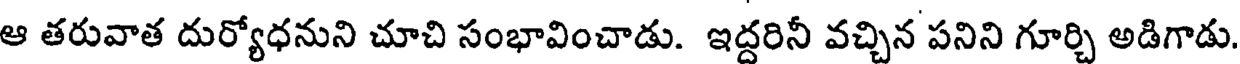
ఆ తరువాత దుర్యోధనుని చూచి సంభావించాడు. ఇద్దరినీ వచ్చిన పనిని గూర్చి అడిగాడు.